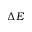
\Delta E